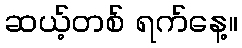
ဆယ့်တစ် ရက်နေ့။